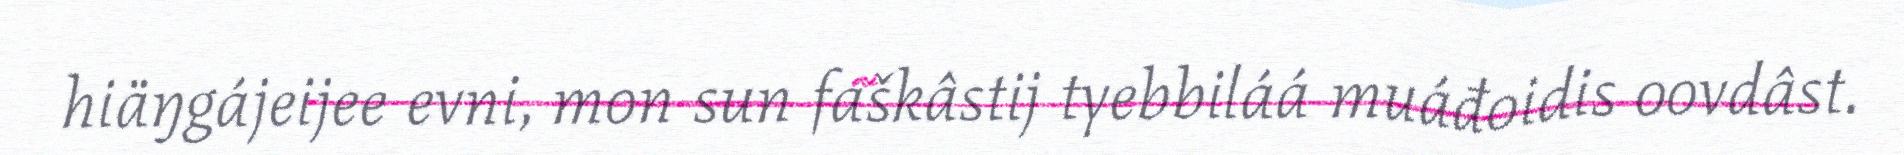
hiäŋgájeijee evni, mon sun faškâstij tyebbiláá muáđoidis oovdâst.